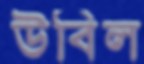
উবিল